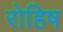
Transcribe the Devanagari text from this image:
रोहिष